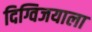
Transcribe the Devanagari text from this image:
दिग्विजयाला